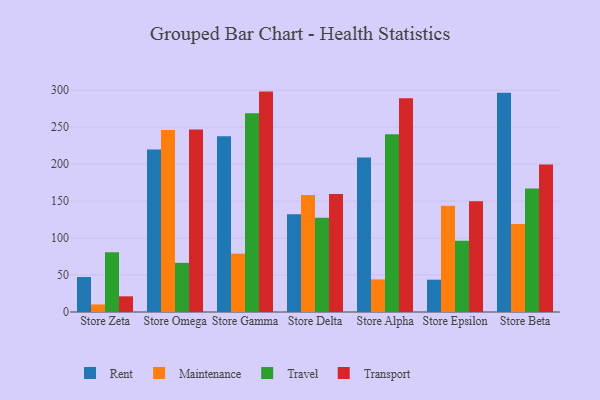
{"axis": {"x": "Store", "y": "Website Visitors"}, "legend": ["Maintenance", "Rent", "Transport", "Travel"], "data": [{"x": "Store Zeta", "y": 47.3, "type": "Rent"}, {"x": "Store Zeta", "y": 10.2, "type": "Maintenance"}, {"x": "Store Zeta", "y": 80.8, "type": "Travel"}, {"x": "Store Zeta", "y": 21.2, "type": "Transport"}, {"x": "Store Omega", "y": 219.9, "type": "Rent"}, {"x": "Store Omega", "y": 246.0, "type": "Maintenance"}, {"x": "Store Omega", "y": 66.5, "type": "Travel"}, {"x": "Store Omega", "y": 247.0, "type": "Transport"}, {"x": "Store Gamma", "y": 237.6, "type": "Rent"}, {"x": "Store Gamma", "y": 78.9, "type": "Maintenance"}, {"x": "Store Gamma", "y": 268.7, "type": "Travel"}, {"x": "Store Gamma", "y": 298.1, "type": "Transport"}, {"x": "Store Delta", "y": 132.2, "type": "Rent"}, {"x": "Store Delta", "y": 158.4, "type": "Maintenance"}, {"x": "Store Delta", "y": 127.6, "type": "Travel"}, {"x": "Store Delta", "y": 159.6, "type": "Transport"}, {"x": "Store Alpha", "y": 208.8, "type": "Rent"}, {"x": "Store Alpha", "y": 44.1, "type": "Maintenance"}, {"x": "Store Alpha", "y": 240.5, "type": "Travel"}, {"x": "Store Alpha", "y": 289.1, "type": "Transport"}, {"x": "Store Epsilon", "y": 43.7, "type": "Rent"}, {"x": "Store Epsilon", "y": 143.8, "type": "Maintenance"}, {"x": "Store Epsilon", "y": 96.5, "type": "Travel"}, {"x": "Store Epsilon", "y": 149.8, "type": "Transport"}, {"x": "Store Beta", "y": 296.5, "type": "Rent"}, {"x": "Store Beta", "y": 118.9, "type": "Maintenance"}, {"x": "Store Beta", "y": 167.1, "type": "Travel"}, {"x": "Store Beta", "y": 199.6, "type": "Transport"}]}